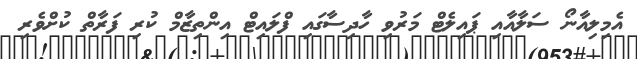
އެމިލިއާނޯ ސަލާއާއި ޕައިލެޓް މަރުވި ހާދިސާގައި ފްލައިޓް އިންތިޒާމް ކުރި ފަރާތް ކުށްވެރި